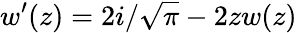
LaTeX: w^{\prime}(z)=2i/\sqrt{\pi}-2zw(z)